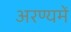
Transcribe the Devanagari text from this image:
अरण्यमें